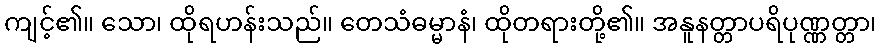
ကျင့်၏။ သော၊ ထိုရဟန်းသည်။ တေသံဓမ္မာနံ၊ ထိုတရားတို့၏။ အနူနတ္တာပရိပုဏ္ဏတ္တာ၊